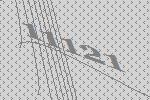
11121